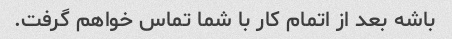
باشه بعد از اتمام کار با شما تماس خواهم گرفت.